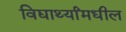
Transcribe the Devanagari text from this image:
विद्यार्थ्यांमधील